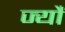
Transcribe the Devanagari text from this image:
ज्‍यौं